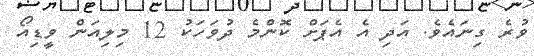
ވުރެ ގިނައެވެ. އަދި އެ އެޕަށް ކޮންމެ ދުވަހަކު 12 މިލިއަން ވީޑިއޯ